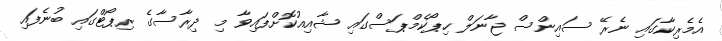
އެމެރިކާގައި ނެރޭ ސައިންސް ޖާނަލް ހިޕޯކެމްޕަސްގައި ޝާއިއުކޮށްފައިވާ މި ދިރާސާގެ ރިޕޯޓްގައި ބުނެފައި